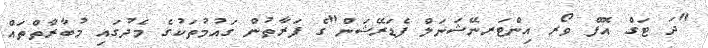
"ދަ ޓަގް އޮފް ވޯރ އިންޓަރނޭޝަނަލް ފެޑަރޭޝަން"ގެ ފަރާތުން ގައުމުތަކުގެ މެދުގައި މުބާރާތްތައް